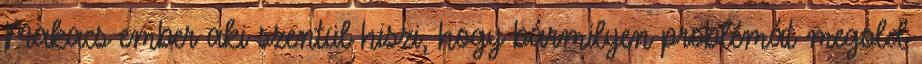
Makacs ember aki szentül hiszi, hogy bármilyen problémát megold